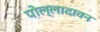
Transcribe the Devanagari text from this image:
पोल्लादावन